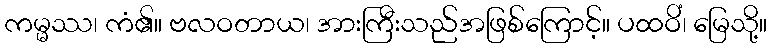
ကမ္မဿ၊ ကံ၏။ ဗလဝတာယ၊ အားကြီးသည်အဖြစ်ကြောင့်။ ပထဝိံ၊ မြေသို့။